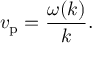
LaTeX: v _ { \mathrm { p } } = { \frac { \omega ( k ) } { k } } .